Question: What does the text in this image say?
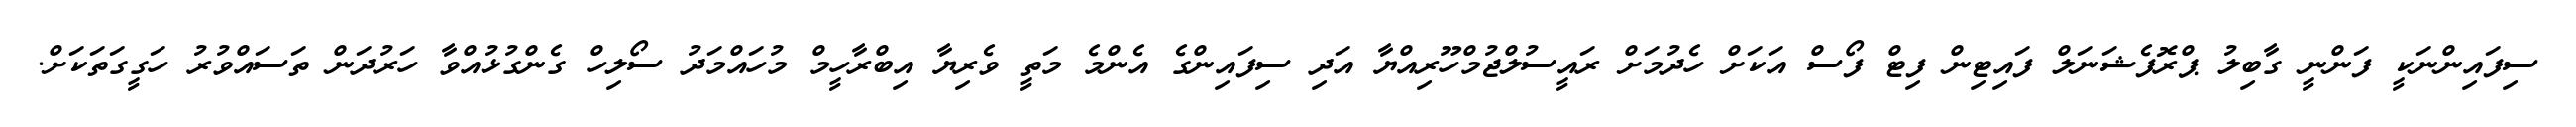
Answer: ސިފައިންނަކީ ފަންނީ ގާބިލު ޕްރޮފެޝަނަލް ފައިޓިން ފިޓް ފޯސް އަކަށް ހެދުމަށް ރައީސުލްޖުމްހޫރިއްޔާ އަދި ސިފައިންގެ އެންމެ މަތީ ވެރިޔާ އިބްރާހީމް މުހައްމަދު ސޯލިހް ގެންގުޅުއްވާ ހަރުދަން ތަސައްވުރު ހަގީގަތަކަށް.